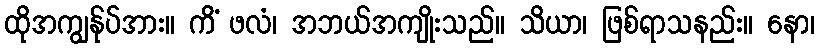
ထိုအကျွန်ုပ်အား။ ကိံ ဖလံ၊ အဘယ်အကျိုးသည်။ သိယာ၊ ဖြစ်ရာသနည်း။ နော၊